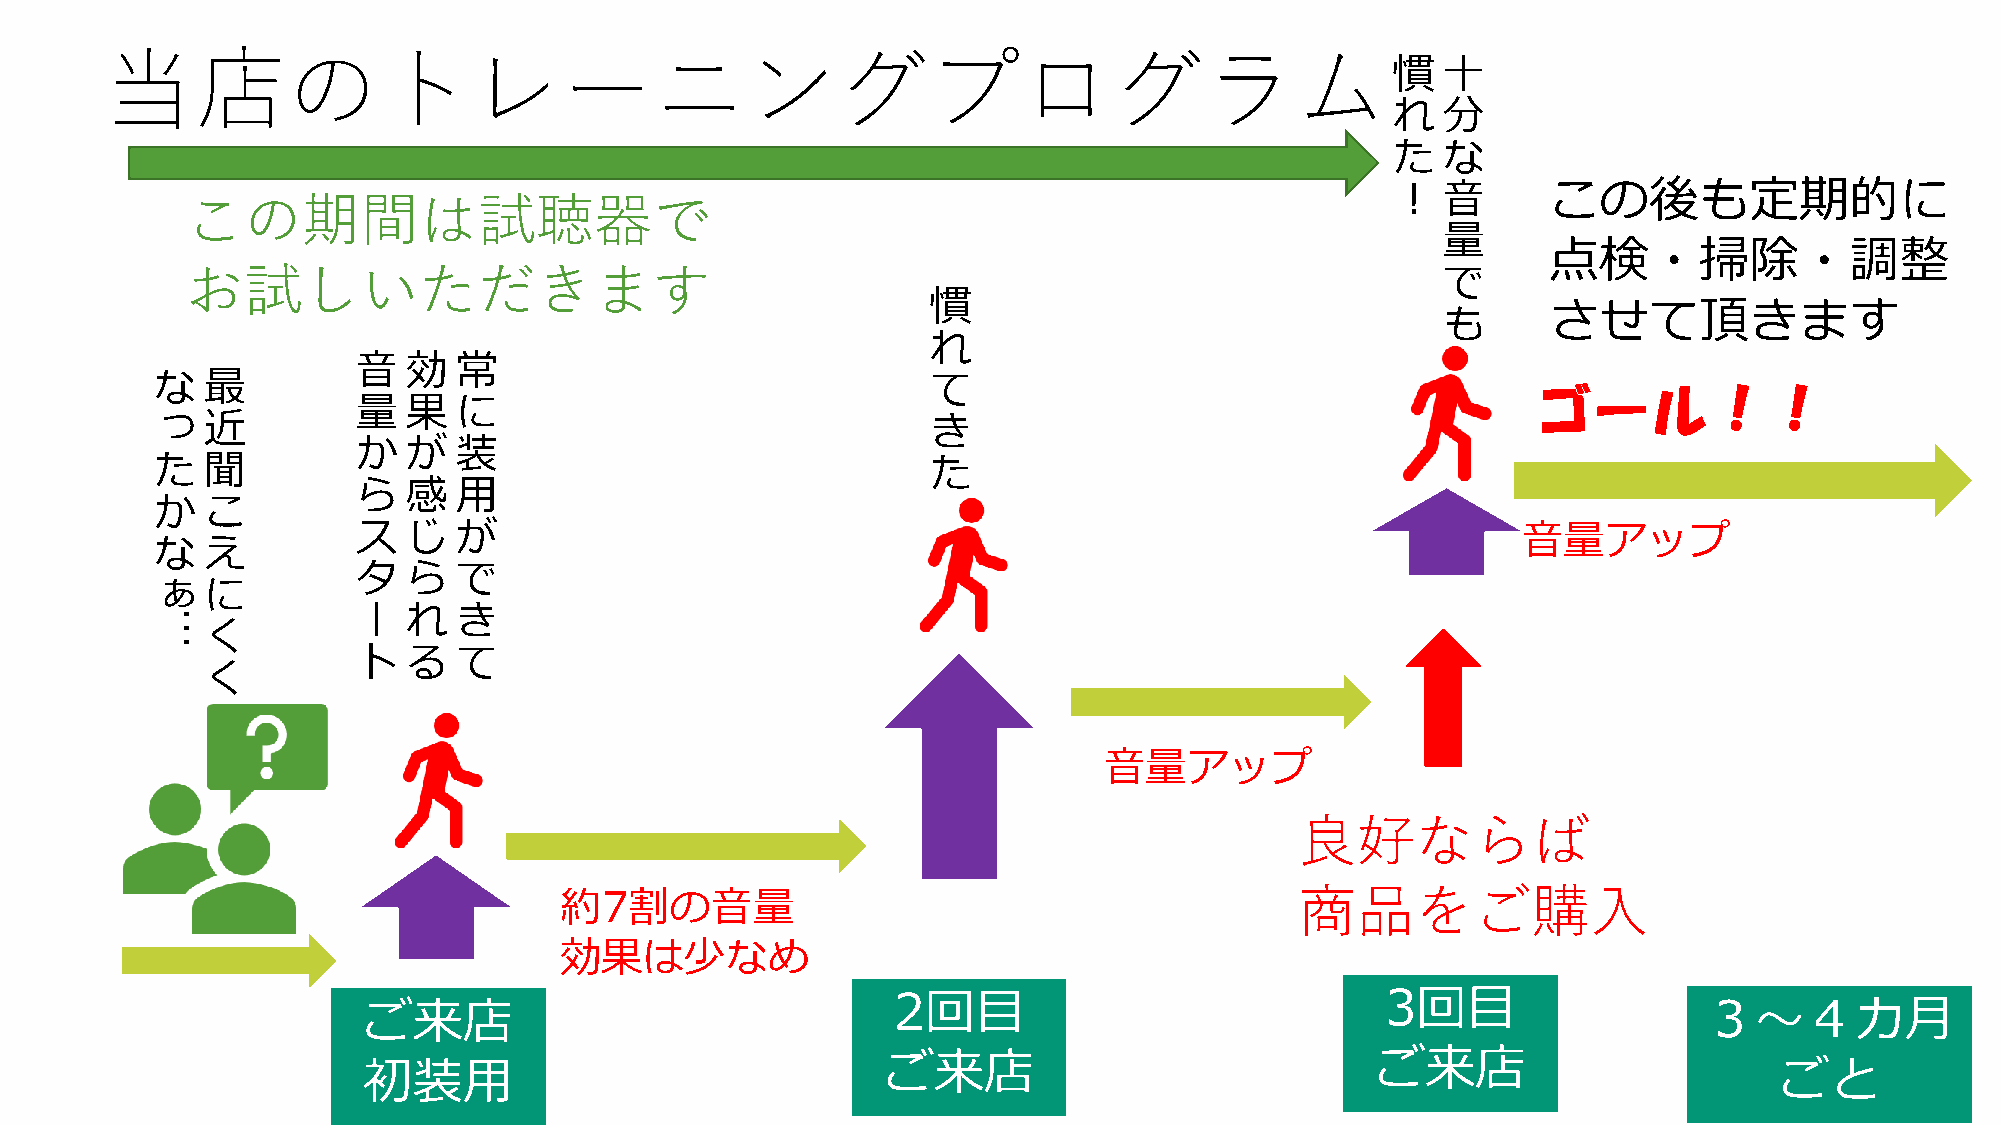
当店のトレーニングプログラム
 慣   十
 れ   分
 た   な
 ！   音     この後も定期的に
 この期間は試聴器で
 量
 点検・掃除・調整
 お試しいただきます                                                                           で
 慣
 させて頂きます
 も
 れ
 音  効  常
 な  最                                                て
 ゴール！！
 量  果  に
 っ  近                                                き
 か  が  装
 た  聞                                                た
 ら  感  用
 か  こ
 ス  じ  が                                                                      音量アップ
 な  え
 タ  ら  で
 ぁ  に
 ー  れ  き
 …
 く
 ト  る  て
 く
 音量アップ
 良好ならば
 約7割の音量                                           商品をご購入
 効果は少なめ
 2回目                              3回目
 ご来店                                                                                      ３～４カ月
 ご来店                             ご来店
 初装用                                                                                           ごと